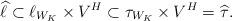
\begin{align*} \widehat{\ell} \subset \ell_{W_K} \times V^H \subset \tau_{W_K} \times V^H = \widehat{\tau} .\end{align*}